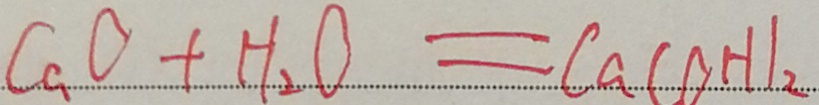
C a O + H _ { 2 } O = C a ( O H ) _ { 2 }